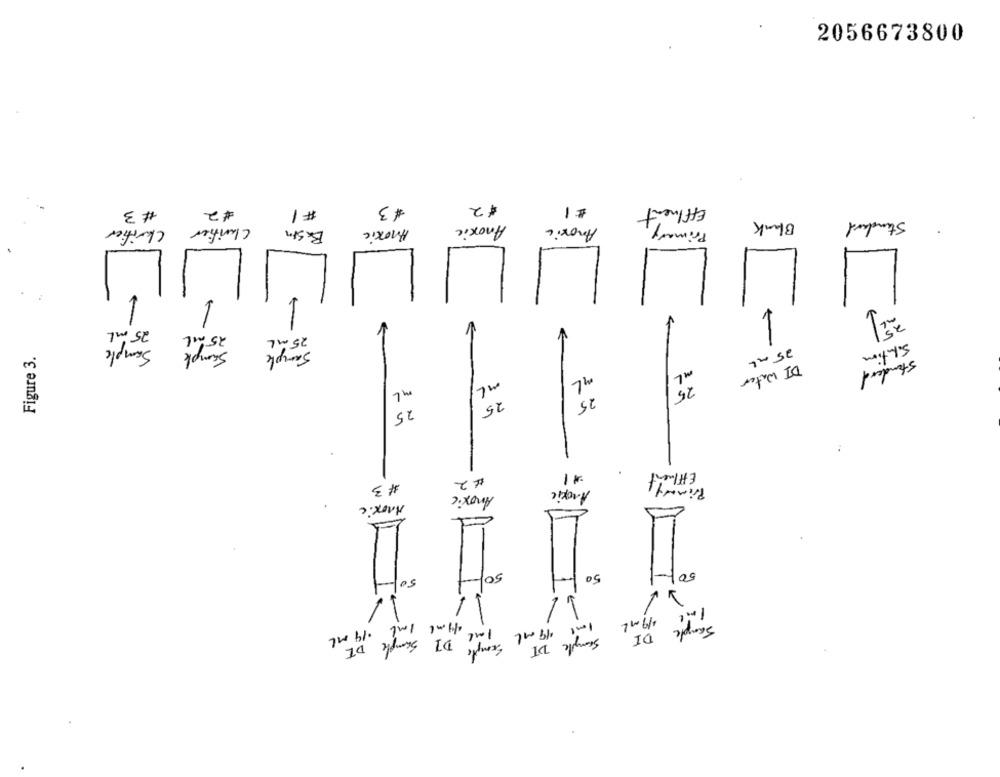
2056673800
# 3
#2
#1
#3
12
$1
Effluent
Anoxic
Anoxic
Primary
Blank
Standard
Chrifier
Clarifier
BxSM
Anoxic
1
1
25 ml
-
25 ML
25 ML
Sample
Sample
Figure 3.
Sample
Solution
25 ml
Standard
DI Water
ML
ML
25
25
25
Effluent
# 2
Primary
# 3
Anoxic
Anoxic
Anoxic
50
50
50-
50
19 ml
-
19 ml 1 ml
.19 ml
DI Sample
1ml
DI
DE
1ml 19 ml cmpts
Sample DT